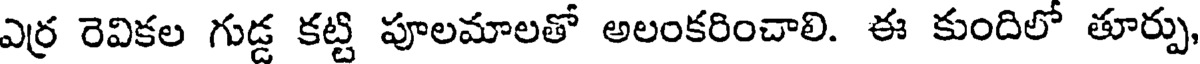
ఎర్ర రెవికల గుడ్డ కట్టి పూలమాలతో అలంకరించాలి. ఈ కుందిలో తూర్పు